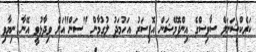
ކަރެކްޝަނަލް ސާވިސްގެ އިންފޮމޭޝަން އޮފިސަރު އަހުމަދު ލުގުމާން "ސަން"އަށް ވިދާޅުވީ އޭނާ ނިޔާވި